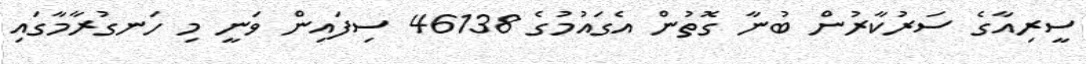
ސީރިއާގެ ސަރުކާރުން ބުނާ ގޮތުން އެގައުމުގެ 46138 ސިފައިން ވަނީ މި ހަނގުރާމާގައި